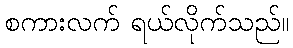
စကားလက် ရယ်လိုက်သည်။